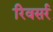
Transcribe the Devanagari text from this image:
रिवसर्र